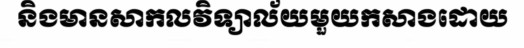
និងមានសាកលវិទ្យាល័យមួយកសាងដោយ